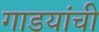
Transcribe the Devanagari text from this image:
गाडयांची